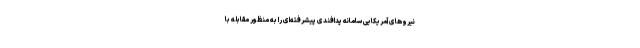
نیروهای آمریکایی سامانه پدافندی پیشرفته‌ای را به منظور مقابله با